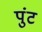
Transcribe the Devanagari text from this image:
पुंट